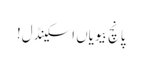
پانچ بیویاں اسکینڈل!